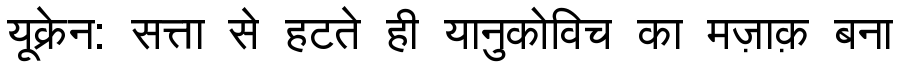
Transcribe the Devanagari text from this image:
यूक्रेन: सत्ता से हटते ही यानुकोविच का मज़ाक़ बना